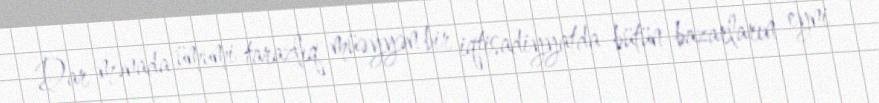
Dar mənada ümumi tarazlıq müəyyən bir iqtisadiyyatda bütün bazarların eyni